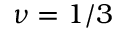
\nu = 1 / 3